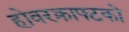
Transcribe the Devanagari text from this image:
होवरक्राफ्टको